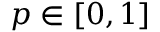
p \in [ 0 , 1 ]